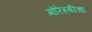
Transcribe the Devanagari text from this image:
मोरेस्बीचा